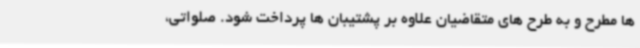
ها مطرح و به طرح های متقاضیان علاوه بر پشتیبان ها پرداخت شود. صلواتی،